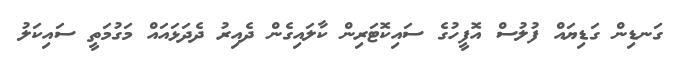
ގަނޑިން ގަޑިޔައް ފުލުސް އޮފީހުގެ ސައިކޮޓަރިން ކާލައިގެން ދެއިރު ދެދަޅައައް މަގުމަތީ ސައިކަލު